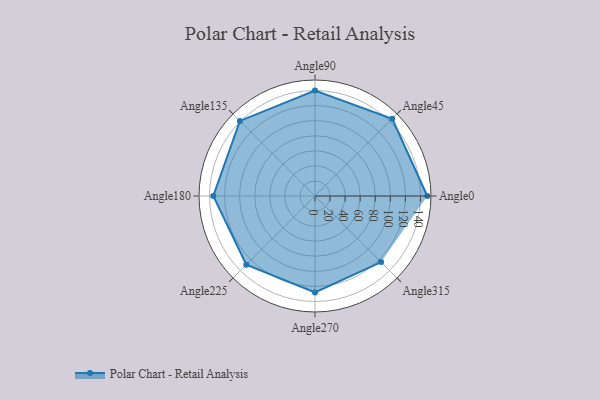
{"axis": {"x": "Angle", "y": "Radius"}, "legend": [""], "data": [{"x": "Angle0", "y": 149.0, "type": ""}, {"x": "Angle45", "y": 145.0, "type": ""}, {"x": "Angle90", "y": 140.0, "type": ""}, {"x": "Angle135", "y": 141.0, "type": ""}, {"x": "Angle180", "y": 135.0, "type": ""}, {"x": "Angle225", "y": 129.0, "type": ""}, {"x": "Angle270", "y": 128.0, "type": ""}, {"x": "Angle315", "y": 124.0, "type": ""}]}